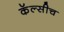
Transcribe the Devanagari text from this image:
कॅल्सीच